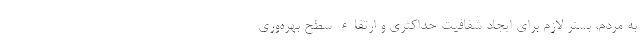
به مردم، بستر لازم برای ایجاد شفافیت حداکثری و ارتقاء سطح بهره‌وری